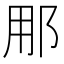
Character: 𮟳